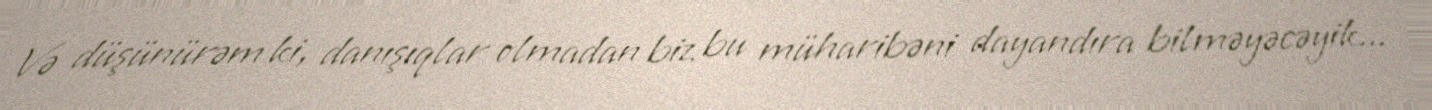
Və düşünürəm ki, danışıqlar olmadan biz bu müharibəni dayandıra bilməyəcəyik...